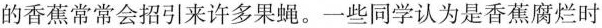
的香蕉常常会招引来许多果蝇。一些同学认为是香蕉腐烂时